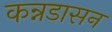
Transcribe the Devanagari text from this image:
कन्नडासन